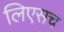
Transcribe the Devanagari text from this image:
लिएसच